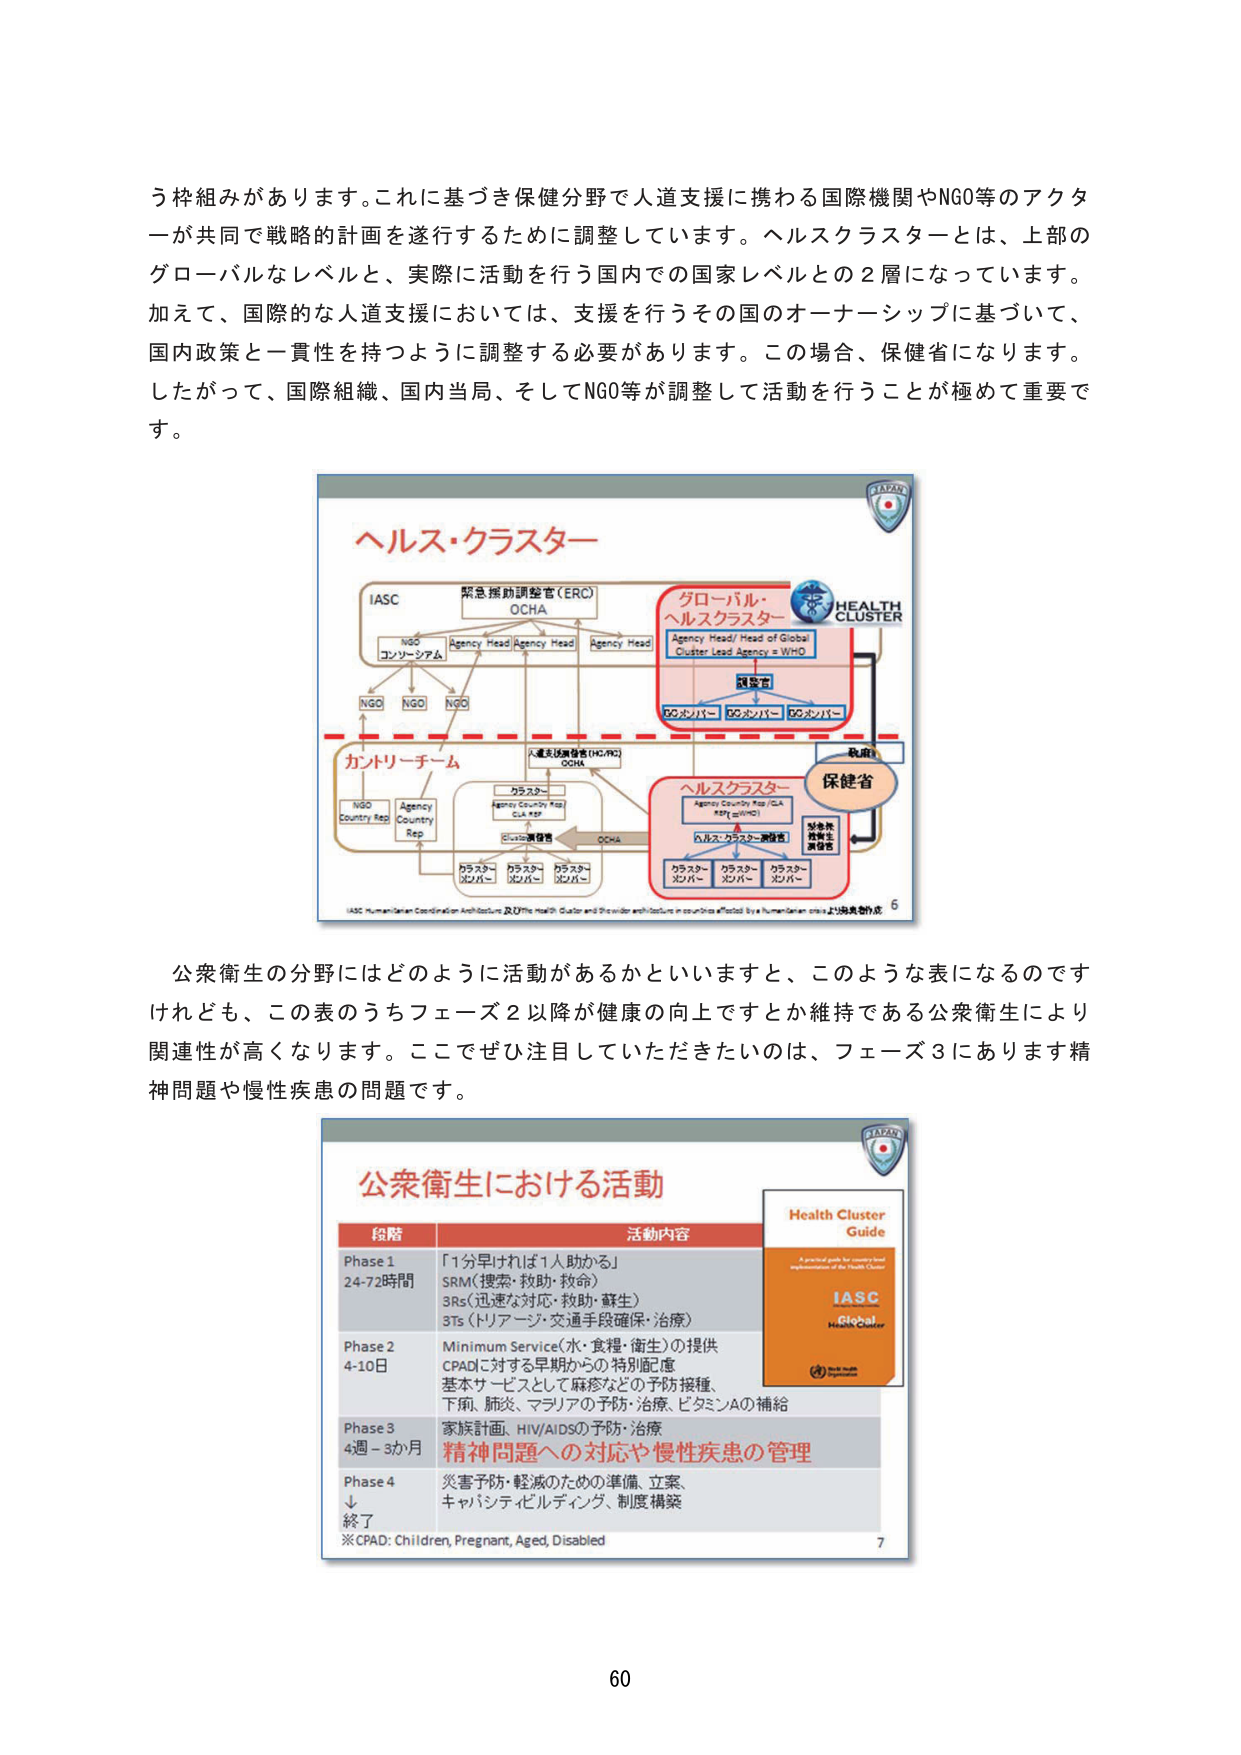
う枠組みがあります。これに基づき保健分野で人道支援に携わる国際機関やNGO等のアクターが共同で戦略的計画を遂行するために調整しています。ヘルスクラスターとは、上部のグローバルなレベルと、実際に活動を行う国内での国家レベルとの2層になっています。加えて、国際的な人道支援においては、支援を行うその国のオーナーシップに基づいて、国内政策と一貫性を持つように調整する必要があります。この場合、保健省になります。したがって、国際組織、国内当局、そしてNGO等が調整して活動を行うことが極めて重要です。

ヘルス・クラスター
IASC
緊急援助調整官（ERC）
OCHA
NGO
コンソーシアム
Agency Head
Agency Head
Agency Head
NGO
NGO
NGO
グローバル・
ヘルスクラスター
Agency Head/ Head of Global
Cluster Lead Agency = WHO
DCメンバー
DCメンバー
DCメンバー
HEALTH
CLUSTER
政府
保健省
カントリーチーム
人道支援調整官（HC/RC）
OCHA
NGO
Country Rep
Agency
Country Rep
クラスター
Agency Country Rep /GA
Cul Rep
クラスター
メンバー
クラスター
メンバー
クラスター
メンバー
ヘルスクラスター
Agency Country Rep /GA
Rep =WHO
ヘルス・クラスター調整官
クラスター
メンバー
クラスター
メンバー
クラスター
メンバー
IASC Humanitarian Coordination Architecture & OCHA Health Cluster and Provider architecture in countries affected by a humanitarian crisis 上海支部作成 6

公衆衛生の分野にはどのように活動があるかといいますと、このような表になるのですけれども、この表のうちフェーズ2以降が健康の向上ですとか維持である公衆衛生により関連性が高くなります。ここでぜひ注目していただきたいのは、フェーズ3にあります精神問題や慢性疾患の問題です。

公衆衛生における活動
段階
活動内容
Phase 1
24-72時間
「1分早ければ1人助かる」
SRM（捜索・救助・救命）
3Rs（迅速な対応・救助・蘇生）
3Ts（トリアージ・交通手段確保・治療）
Phase 2
4-10日
Minimum Service（水・食糧・衛生）の提供
CPADに対する早期からの特別配慮
基本サービスとして麻疹などの予防接種
下痢、肺炎、マラリアの予防・治療、ビタミンAの補給
Phase 3
4週 - 3か月
家族計画、HIV/AIDSの予防・治療
精神問題への対応や慢性疾患の管理
Phase 4
↓
終了
災害予防・軽減のための準備、立案、
キャパシティビルディング、制度構築
※CPAD: Children, Pregnant, Aged, Disabled
Health Cluster
Guide
A practical guide for country-level implementation of the Health Cluster
IASC
Global
Health Cluster
World Health Organization
7

60